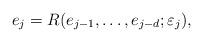
LaTeX: \begin{align*} e_j=R(e_{j-1},\ldots,e_{j-d};\varepsilon_j),\end{align*}